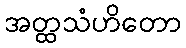
အတ္ထသံဟိတော